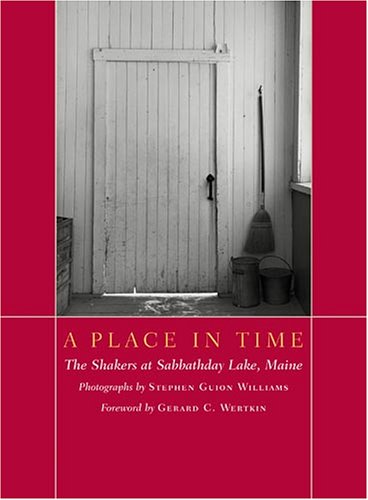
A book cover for A Place in Time: The Shakers at Sabbathday Lake, Maine (Pocket Paragon); Gerard C. Wertkin; Christian Books & Bibles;